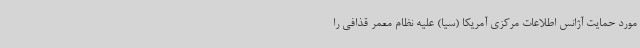
مورد حمایت آژانس اطلاعات مرکزی آمریکا (سیا) علیه نظام معمر قذافی را